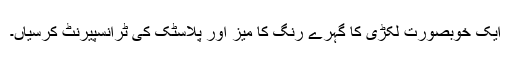
ایک خوبصورت لکڑی کا گہرے رنگ کا میز اور پلاسٹک کی ٹرانسپیرنٹ کرسیاں۔